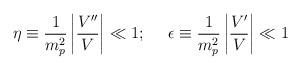
LaTeX: \begin{align*}\eta \equiv \frac{1}{m_p^2} \left |\frac{V''}{V} \right | \ll 1; ~~~~\epsilon \equiv \frac{1}{m_p^2} \left |\frac{V'}{V} \right | \ll 1\end{align*}